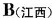
B(江西)